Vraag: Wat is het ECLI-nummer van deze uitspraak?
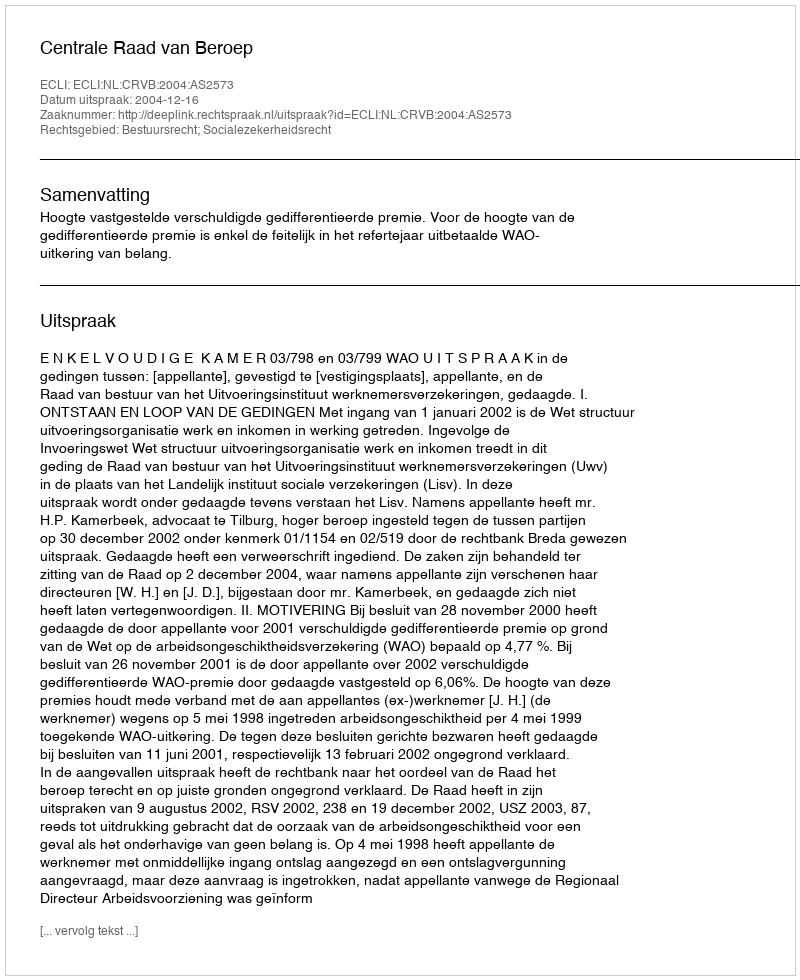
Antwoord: ECLI:NL:CRVB:2004:AS2573